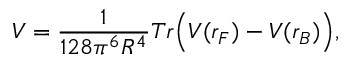
V = \frac { 1 } { 1 2 8 \pi ^ { 6 } R ^ { 4 } } T r \Bigl ( V ( r _ { F } ) - V ( r _ { B } ) \Bigr ) ,